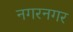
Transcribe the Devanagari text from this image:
नगरनगर